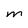
Character: M